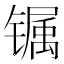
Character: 𰾽